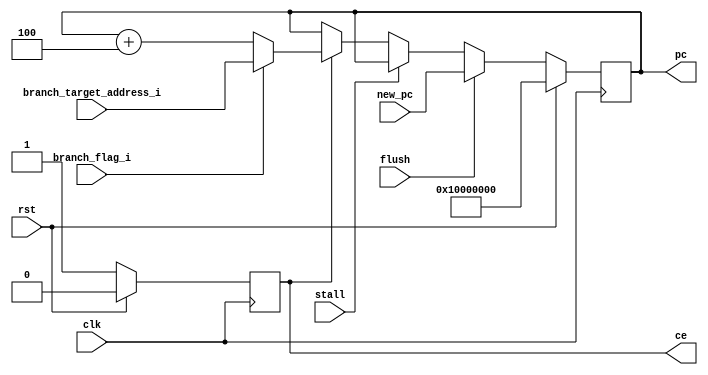
/***************************************
 ********** Andy You Property **********
 ***************************************/


module PC (clk, rst, pc, ce, stall, branch_flag_i, branch_target_address_i, flush, new_pc);

input  clk, rst, stall, flush;
input  branch_flag_i;
input  [31:0] branch_target_address_i;
input  [31:0] new_pc;

output ce;
output [31:0] pc;

reg ce;
reg [31:0] pc;

always @(posedge clk) begin
    if (rst)
	ce <= 0;
    else
	ce <= 1'b1;
end

always @(posedge clk) begin
    if (rst)
	pc <= 32'h1000_0000;
    else begin
	if (flush)
	    pc <= new_pc;
	else if (stall)
            pc <= pc;
        else if (ce) begin
	    if (branch_flag_i)
		pc <= (branch_target_address_i);
	    else
	        pc <= pc + 32'h4;
        end
	else
	    pc <= pc;
    end
end

endmodule